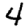
Digit: 4